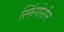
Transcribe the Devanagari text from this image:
स्फिंगोसीन